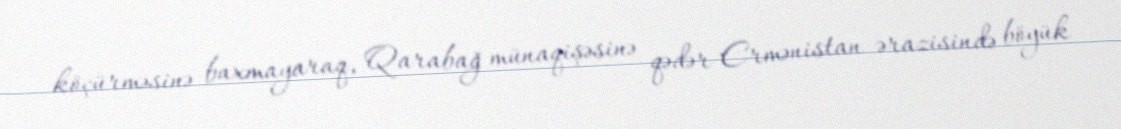
köçürməsinə baxmayaraq, Qarabağ münaqişəsinə qədər Ermənistan ərazisində böyük